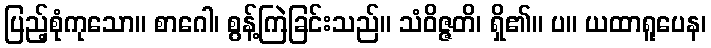
ပြည့်စုံကုသော။ စာဂေါ၊ စွန့်ကြဲခြင်းသည်။ သံဝိဇ္ဇတိ၊ ရှိ၏။ ပ။ ယထာရူပေန၊